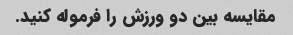
مقایسه بین دو ورزش را فرموله کنید.